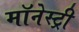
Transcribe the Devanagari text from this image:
मॉनेस्‍ट्री